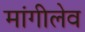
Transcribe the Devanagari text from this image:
मांगीलेव